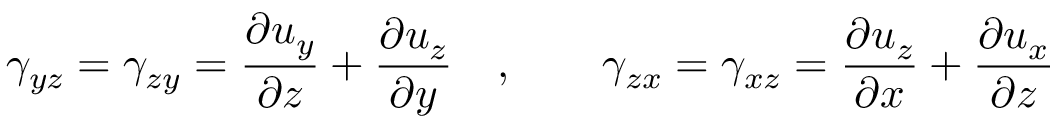
\gamma _ { y z } = \gamma _ { z y } = { \frac { \partial u _ { y } } { \partial z } } + { \frac { \partial u _ { z } } { \partial y } } \quad , \qquad \gamma _ { z x } = \gamma _ { x z } = { \frac { \partial u _ { z } } { \partial x } } + { \frac { \partial u _ { x } } { \partial z } } \,